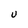
Character: U